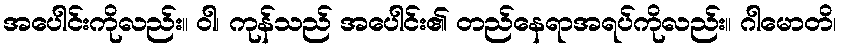
အပေါင်းကိုလည်း။ ဝါ၊ ကုန်သည် အပေါင်း၏ တည်နေရာအရပ်ကိုလည်း။ ဂါမောတိ၊